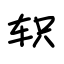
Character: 轵